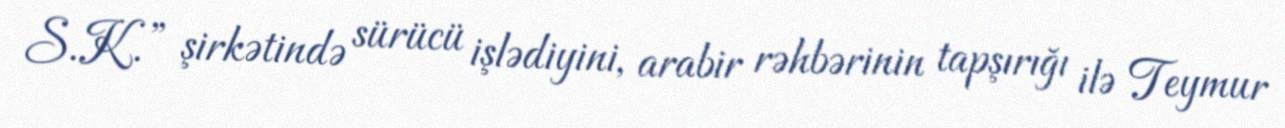
S.K.” şirkətində sürücü işlədiyini, arabir rəhbərinin tapşırığı ilə Teymur